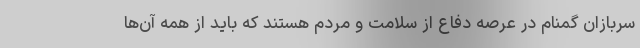
سربازان گمنام در عرصه دفاع از سلامت و مردم هستند که باید از همه آن‌ها